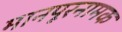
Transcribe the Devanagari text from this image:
मानपूरनामक